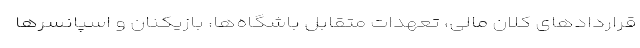
قراردادهای کلان مالی، تعهدات متقابل باشگاه‌ها، بازیکنان و اسپانسرها